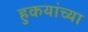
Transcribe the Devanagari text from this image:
हुकयांच्या